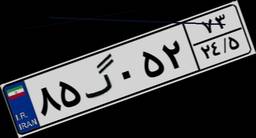
۸۵گ۰۵۲۷۳